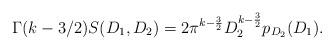
LaTeX: \begin{align*} \Gamma(k- 3/2) S(D_1,D_2)=2\pi^{k-\frac{3}{2}}D_2^{k-\frac{3}{2}} p_{D_2}(D_1).\end{align*}